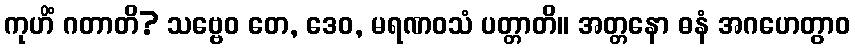
ကုဟိံ ဂတာတိ? သဗ္ဗေဝ တေ, ဒေဝ, မရဏဝသံ ပတ္တာတိ။ အတ္တနော ဓနံ အဂဟေတွာဝ